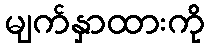
မျက်နှာထားကို